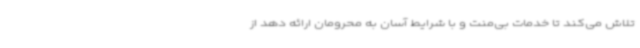
تلاش می‌کند تا خدمات بی‌منت و با شرایط آسان به محرومان ارائه دهد از